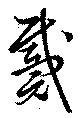
戴